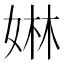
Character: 㛦